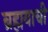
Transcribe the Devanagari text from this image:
ब्रह्मयाची